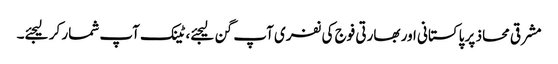
مشرقی محاذ پر پاکستانی اور بھارتی فوج کی نفری آپ گن لیجئے، ٹینک آپ شمار کر لیجئے۔